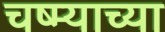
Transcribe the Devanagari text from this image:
चष्म्याच्या